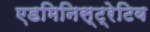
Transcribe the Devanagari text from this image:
एडमिनिस्ट्रेटिव